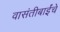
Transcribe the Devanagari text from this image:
वासंतीबाईंचे